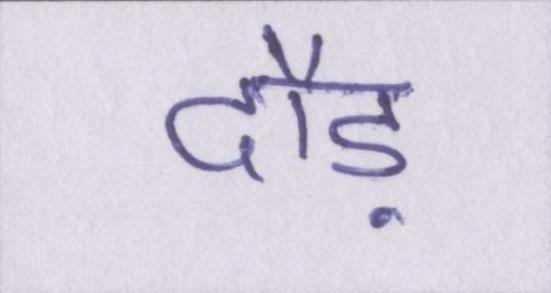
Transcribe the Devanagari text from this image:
दौड़